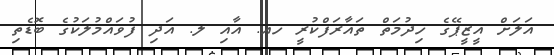
އަލަށް އީޒީޕޭގެ ހިދުމަތް ތައާރަފްކުރީ ހއ. އާއި ލ. އަދި ފުވައްމުލަކުގެ ބޮޑެތި